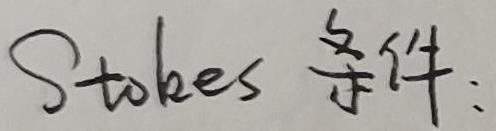
Stokes 条件：